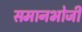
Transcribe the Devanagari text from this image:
समानभोजी